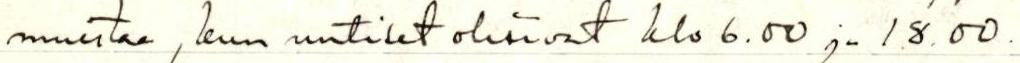
muistaa, kun uutiset olisivat klo 6.00 ja 18.00.